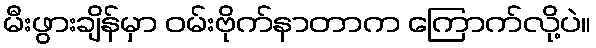
မီးဖွားချိန်မှာ ဝမ်းဗိုက်နာတာက ကြောက်လို့ပဲ။